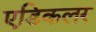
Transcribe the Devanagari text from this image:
एडिकलर